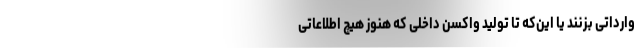
وارداتی بزنند یا این‌که تا تولید واکسن داخلی که هنوز هیچ‌ اطلاعاتی